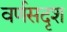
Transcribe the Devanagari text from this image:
वर्णसदृश